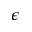
\epsilon